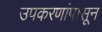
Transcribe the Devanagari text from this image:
उपकरणांपासून